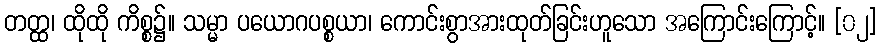
တတ္ထ၊ ထိုထို ကိစ္စ၌။ သမ္မာ ပယောဂပစ္စယာ၊ ကောင်းစွာအားထုတ်ခြင်းဟူသော အကြောင်းကြောင့်။ [၀၂]